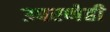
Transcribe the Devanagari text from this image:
उपरणेही